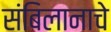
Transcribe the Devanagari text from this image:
संबिलानाचे